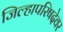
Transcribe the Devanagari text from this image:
जिल्हापरिषदेवर